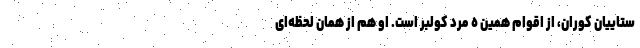
ستاییان کوران، از اقوام همین ٥ مرد کولبر است. او هم از همان لحظه‌ای